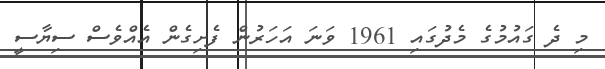
މި ދެ ގައުމުގެ މެދުގައި 1961 ވަނަ އަހަރުން ފެށިގެން އެއްވެސް ސިޔާސީ